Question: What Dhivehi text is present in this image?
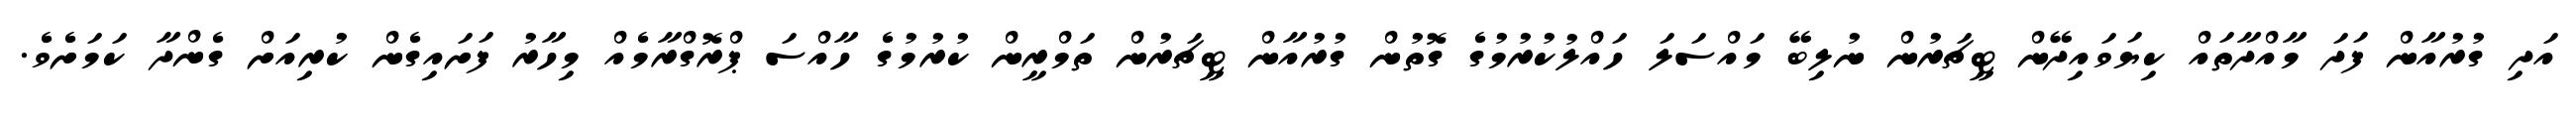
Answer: އަދި ގުރުއާން ފަދަ މާއްދާތައް ކިޔަވައިދޭން ޓީޗަރުން ނުލިބޭ މައްސަލަ ހައްލުކުރުމުގެ ގޮތުން ގުރުއާން ޓީޗަރުން ތަމްރީން ކުރުމުގެ ހާއްސަ ޕްރޮގްރާމެއް މިހާރު ފަށައިގެން ކުރިއަށް ގެންދާ ކަމަށެވެ.